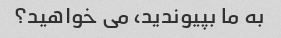
به ما بپیوندید، می خواهید؟